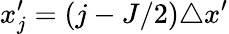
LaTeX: x_{j}^{\prime}=(j-J/2)\triangle x^{\prime}